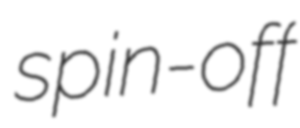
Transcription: spin-off